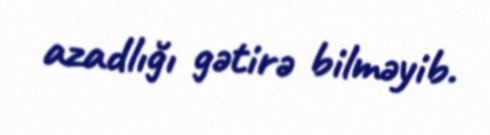
azadlığı gətirə bilməyib.